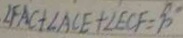
\angle F A C + \angle A C E + \angle E C F = 9 0 ^ { \circ }